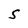
Character: S